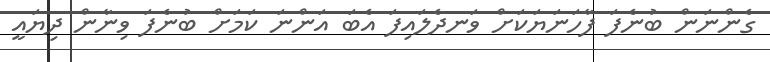
ގެންނަން ބުނެފަ ފާހަނަޔަކަށް ވަނދެލައިފަ އެބަ އަންނަ ކަމަށް ބުނެފަ ވިނާން ދިޔައީ